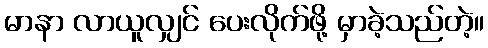
မာနာ လာယူလျှင် ပေးလိုက်ဖို့ မှာခဲ့သည်တဲ့။